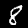
Label: 8